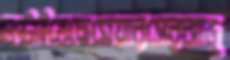
লপ্‌টাইতেছেমেয়ারসেরঝাড়ু